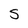
Character: s